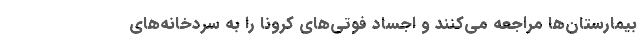
بیمارستان‌ها مراجعه می‌کنند و اجساد فوتی‌های کرونا را به سردخانه‌های